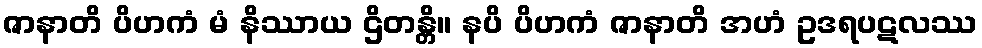
ဇာနာတိ ပိဟကံ မံ နိဿာယ ဌိတန္တိ။ နပိ ပိဟကံ ဇာနာတိ အဟံ ဥဒရပဋလဿ